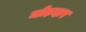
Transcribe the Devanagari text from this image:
जोड़दार